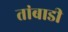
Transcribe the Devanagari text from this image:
तांबाडी